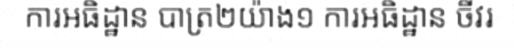
ការអធិដ្ឋាន បាត្រ២យ៉ាង១ ការអធិដ្ឋាន ចីវរ